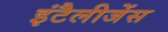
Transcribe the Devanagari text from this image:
इंटैलीजेंस